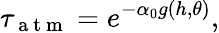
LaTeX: \tau_{\mathrm{~a~t~m~}}=e^{-\alpha_{0}g(h,\theta)},